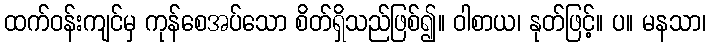
ထက်ဝန်းကျင်မှ ကုန်စေအပ်သော စိတ်ရှိသည်ဖြစ်၍။ ဝါစာယ၊ နုတ်ဖြင့်။ ပ။ မနသာ၊